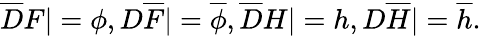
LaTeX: {\overline{{D}}}F|=\phi,D{\overline{{F}}}|={\overline{{\phi}}},{\overline{{D}}}H|=h,D{\overline{{H}}}|={\overline{{h}}}.